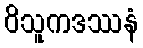
ဝိသူကဒဿနံ